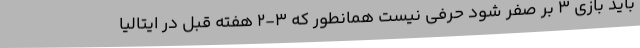
باید بازی 3 بر صفر شود حرفی نیست همانطور که 3-2 هفته قبل در ایتالیا